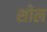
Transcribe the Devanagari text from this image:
शोल